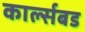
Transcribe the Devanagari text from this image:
कार्ल्सबड